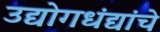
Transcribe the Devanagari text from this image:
उद्योगधंद्यांचे